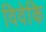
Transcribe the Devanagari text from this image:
विवेकि